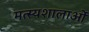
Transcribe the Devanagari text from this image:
मत्स्यशालाओं